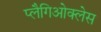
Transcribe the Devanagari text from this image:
प्लैगिओक्लेस